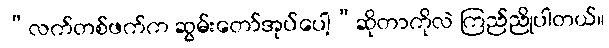
“လက်တစ်ဖက်က ဆွမ်းတော်အုပ်ပေါ့”ဆိုတာကိုလဲ ကြည်ညိုပါတယ်။